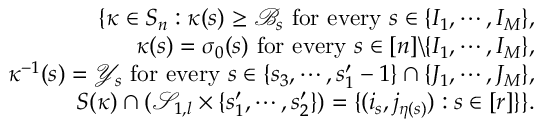
\begin{array} { r l r } & { } & { \{ \kappa \in S _ { n } : \kappa ( s ) \geq \mathscr { B } _ { s } \mathrm { ~ f o r ~ e v e r y ~ } s \in \{ I _ { 1 } , \cdots , I _ { M } \} , } \\ & { } & { \quad \kappa ( s ) = \sigma _ { 0 } ( s ) \mathrm { ~ f o r ~ e v e r y ~ } s \in [ n ] \backslash \{ I _ { 1 } , \cdots , I _ { M } \} , } \\ & { } & { \quad \kappa ^ { - 1 } ( s ) = \mathscr { Y } _ { s } \mathrm { ~ f o r ~ e v e r y ~ } s \in \{ s _ { 3 } , \cdots , s _ { 1 } ^ { \prime } - 1 \} \cap \{ J _ { 1 } , \cdots , J _ { M } \} , } \\ & { } & { \quad S ( \kappa ) \cap ( \mathcal { S } _ { 1 , l } \times \{ s _ { 1 } ^ { \prime } , \cdots , s _ { 2 } ^ { \prime } \} ) = \{ ( i _ { s } , j _ { \eta ( s ) } ) : s \in [ r ] \} \} . } \end{array}